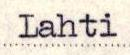
Lahti